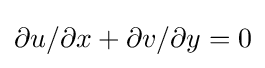
\partial u/\partial x+\partial v/\partial y=0